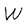
Character: W